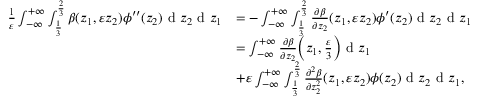
\begin{array} { r l } { \frac { 1 } { \varepsilon } \int _ { - \infty } ^ { + \infty } \int _ { \frac { 1 } { 3 } } ^ { \frac { 2 } { 3 } } \beta ( z _ { 1 } , \varepsilon z _ { 2 } ) \phi ^ { \prime \prime } ( z _ { 2 } ) \textrm { d } z _ { 2 } \textrm { d } z _ { 1 } } & { = - \int _ { - \infty } ^ { + \infty } \int _ { \frac { 1 } { 3 } } ^ { \frac { 2 } { 3 } } \frac { \partial \beta } { \partial z _ { 2 } } ( z _ { 1 } , \varepsilon z _ { 2 } ) \phi ^ { \prime } ( z _ { 2 } ) \textrm { d } z _ { 2 } \textrm { d } z _ { 1 } } \\ & { = \int _ { - \infty } ^ { + \infty } \frac { \partial \beta } { \partial z _ { 2 } } \Big ( z _ { 1 } , \frac { \varepsilon } { 3 } \Big ) \textrm { d } z _ { 1 } } \\ & { + \varepsilon \int _ { - \infty } ^ { + \infty } \int _ { \frac { 1 } { 3 } } ^ { \frac { 2 } { 3 } } \frac { \partial ^ { 2 } \beta } { \partial z _ { 2 } ^ { 2 } } ( z _ { 1 } , \varepsilon z _ { 2 } ) \phi ( z _ { 2 } ) \textrm { d } z _ { 2 } \textrm { d } z _ { 1 } , } \end{array}